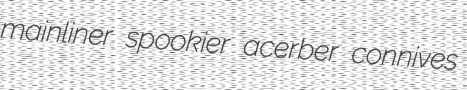
mainliner spookier acerber connives